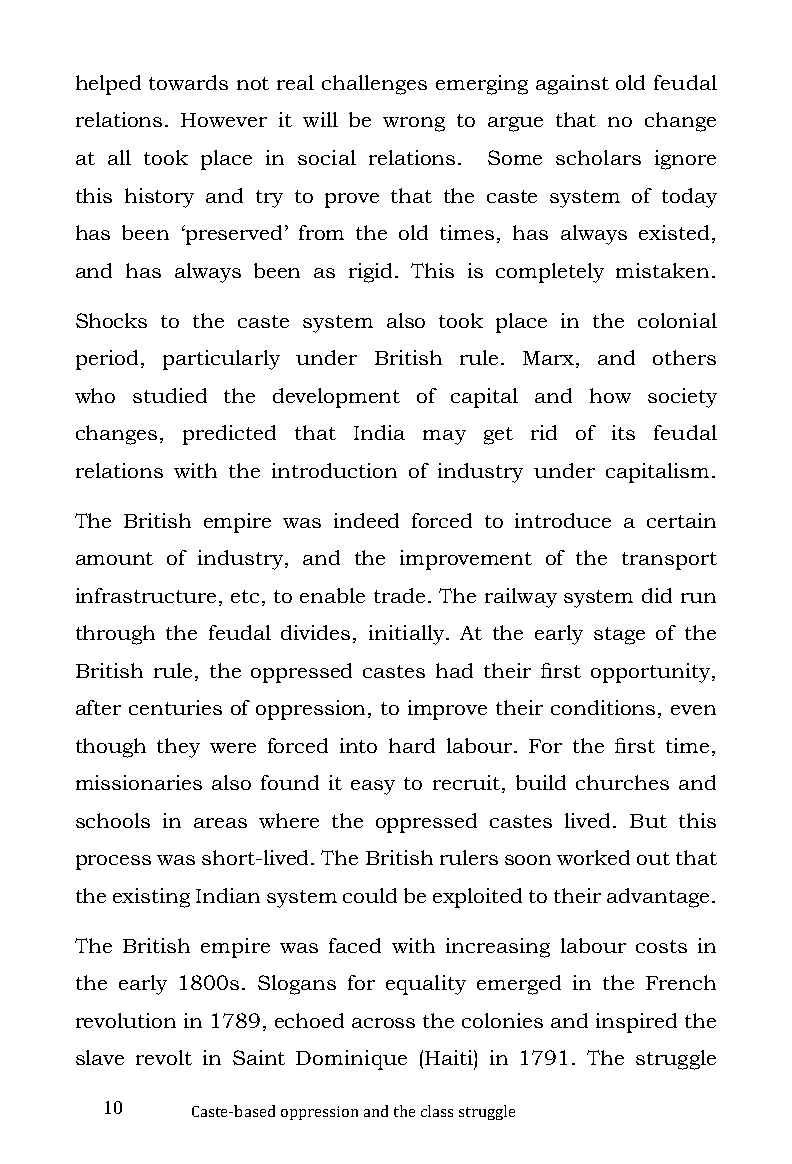
helped towards not real challenges emerging against old feudal
 relations. However it will be wrong to argue that no change
 at all took place in social relations. Some scholars ignore
 this history and try to prove that the caste system of today
 has been ‘preserved’ from the old times, has always existed,
 and has always been as rigid. This is completely mistaken.
 Shocks to the caste system also took place in the colonial
 period, particularly under British rule. Marx, and others
 who studied the development of capital and how society
 changes, predicted that India may get rid of its feudal
 relations with the introduction of industry under capitalism.
 The British empire was indeed forced to introduce a certain
 amount of industry, and the improvement of the transport
 infrastructure, etc, to enable trade. The railway system did run
 through the feudal divides, initially. At the early stage of the
 British rule, the oppressed castes had their first opportunity,
 after centuries of oppression, to improve their conditions, even
 though they were forced into hard labour. For the first time,
 missionaries also found it easy to recruit, build churches and
 schools in areas where the oppressed castes lived. But this
 process was short-lived. The British rulers soon worked out that
 the existing Indian system could be exploited to their advantage.
 The British empire was faced with increasing labour costs in
 the early 1800s. Slogans for equality emerged in the French
 revolution in 1789, echoed across the colonies and inspired the
 slave revolt in Saint Dominique (Haiti) in 1791. The struggle
 10
 Caste-based oppression and the class struggle